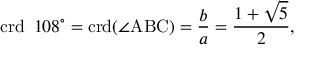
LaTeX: \operatorname { c r d } \ 1 0 8 ^ { \circ } = \operatorname { c r d } ( \angle \mathrm { A B C } ) = { \frac { b } { a } } = { \frac { 1 + { \sqrt { 5 } } } { 2 } } ,